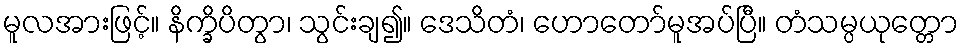
မူလအားဖြင့်။ နိက္ခိပိတွာ၊ သွင်းချ၍။ ဒေသိတံ၊ ဟောတော်မူအပ်ပြီ။ တံသမ္ပယုတ္တော